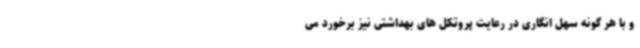
و با هر گونه سهل انگاری در رعایت پروتکل های بهداشتی نیز برخورد می